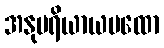
အနုပရိယာယပထော